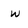
Character: w